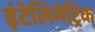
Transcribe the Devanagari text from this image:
इंटेलिमेट्रिक